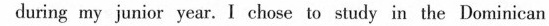
during my junior year.I chosc to study in the Domirican